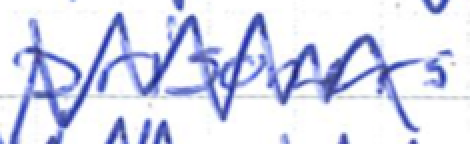
Text: prisoners
Cross-out: zig-zag
Writing tool: ballpoint